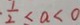
\frac { 1 } { 2 } < a < 0